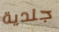
جلدية